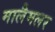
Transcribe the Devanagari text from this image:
मालैमलर